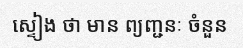
ស្ទៀង ថា មាន ព្យញ្ជនៈ ចំនួន